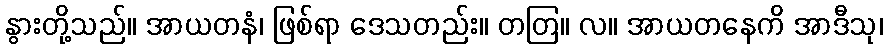
နွားတို့သည်။ အာယတနံ၊ ဖြစ်ရာ ဒေသတည်း။ တတြ။ လ။ အာယတနေကိ အာဒီသု၊